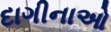
દાગીનાઓ